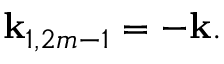
\mathbf { k } _ { 1 , 2 m - 1 } = - \mathbf { k } .